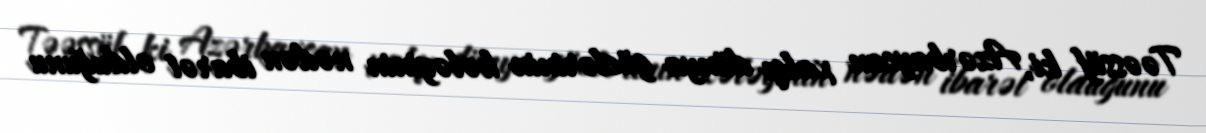
Təəssüf ki, Azərbaycan xalqı dünya güclərinin kələyinin nədən ibarət olduğunu